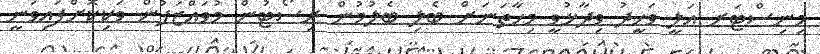
މިނިސްޓަރ އަލީ ވަހީދު ވިދާޅުވީ މިހާތަނަށް ބެލި ބެލުމުން ރިސޯޓުން މުވައްޒަފުން ވަކިކޮށްފައިވަނީ